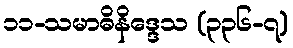
၁၁-သမာဓိနိဒ္ဒေသ (၃၃၆-၇)